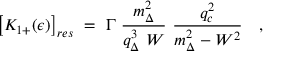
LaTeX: \left[ K _ { 1 + } ( \epsilon ) \right] _ { r e s } \ = \ \Gamma \ \frac { m _ { \Delta } ^ { 2 } } { q _ { \Delta } ^ { 3 } \ W } \ \frac { q _ { c } ^ { 2 } } { m _ { \Delta } ^ { 2 } - W ^ { 2 } } \ \ \ ,